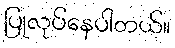
ပြုလုပ်နေပါတယ်။